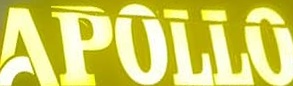
APOLLO